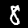
Digit: 8